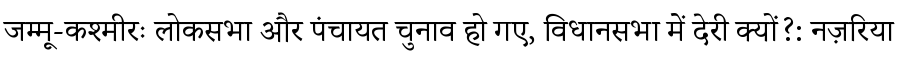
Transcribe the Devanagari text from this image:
जम्मू-कश्मीरः लोकसभा और पंचायत चुनाव हो गए, विधानसभा में देरी क्यों?: नज़रिया